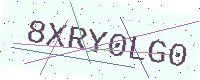
Text: 8XRY0LG0